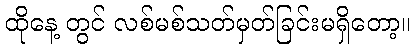
ထိုနေ့ တွင် လစ်မစ်သတ်မှတ်ခြင်းမရှိတော့။